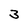
Character: 3